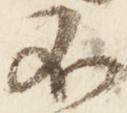
不